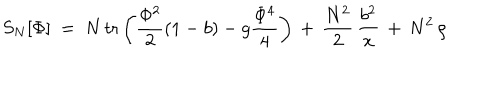
LaTeX: S _ { N } [ \Phi ] \ = \ N \, \mathrm { t r } \left( { \frac { \Phi ^ { 2 } } { 2 } } ( 1 - b ) - g { \frac { \Phi ^ { 4 } } { 4 } } \right) \, + \, { \frac { N ^ { 2 } } { 2 } } \, { \frac { b ^ { 2 } } { x } } \, + \, N ^ { 2 } \, \rho